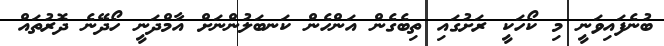
ބުނެފައިވަނީ މި ކޯހަކީ ރަށުގައި ތިބެގެން އަންހެން ކަނބަލުންނަށް އާމްދަނީ ހޯދޭނެ ދޮރުތައް